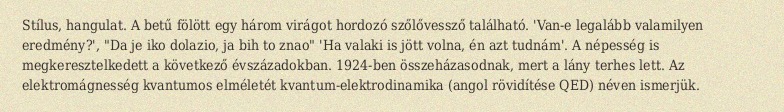
Stílus, hangulat. A betű fölött egy három virágot hordozó szőlővessző található. 'Van-e legalább valamilyen eredmény?', "Da je iko dolazio, ja bih to znao" 'Ha valaki is jött volna, én azt tudnám'. A népesség is megkeresztelkedett a következő évszázadokban. 1924-ben összeházasodnak, mert a lány terhes lett. Az elektromágnesség kvantumos elméletét kvantum-elektrodinamika (angol rövidítése QED) néven ismerjük.